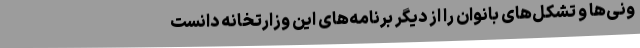
ونی‌ها و تشکل‌های بانوان را از دیگر برنامه‌های این وزارتخانه دانست